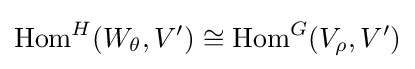
{\text{Hom}}^{H}(W_{\theta },V')\cong {\text{Hom}}^{G}(V_{\rho },V')